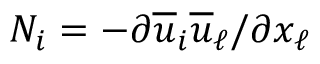
N _ { i } = - \partial \overline { { u } } _ { i } \overline { { u } } _ { \ell } / \partial x _ { \ell }